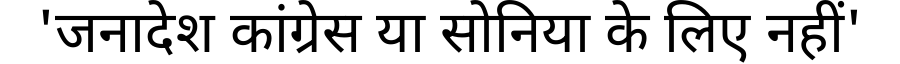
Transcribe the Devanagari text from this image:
'जनादेश कांग्रेस या सोनिया के लिए नहीं'